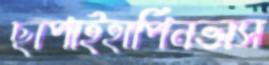
ছাপাইহার্পিনভাস